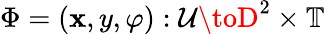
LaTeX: \Phi=(\mathbf{x},y,\varphi):\mathcal{{U}}\toD^{2}\times\mathbb{{T}}